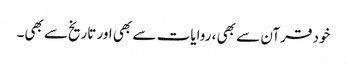
خود قرآن سے بھی ، روایات سے بھی اور تاریخ‌سے بھی۔